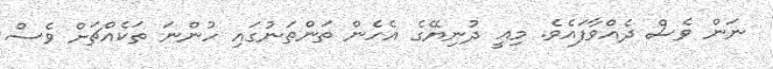
ނަން ވެސް ދެއްވާފައެވެ. މިއީ ދުނިޔޭގެ އެހެން ތަންތަނުގައި ހުންނަ ތަކެއްޗަށް ވެސް